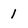
Character: 1